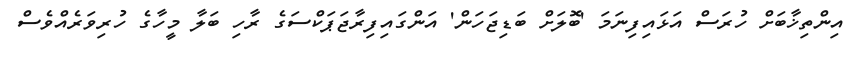
އިންތިޚާބަށް ހުރަސް އަޅައިފިނަމަ 'ބޮލަށް ބަޑިޖަހަން' އަންގައިފިރާޖަޕަކްސަގެ ރާހި ބަލާ މީހާގެ ހުރިވަރެއްވެސް